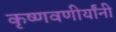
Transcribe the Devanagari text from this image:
कृष्णवणीर्यांनी